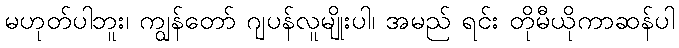
မဟုတ်ပါဘူး၊ ကျွန်တော် ဂျပန်လူမျိုးပါ၊ အမည် ရင်း တိုမီယိုကာဆန်ပါ